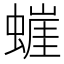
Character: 𰳘